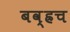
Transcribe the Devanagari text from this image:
बव्ह्रच